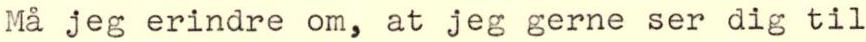
Må jeg erindre om, at jeg gerne ser dig til